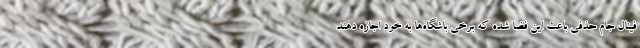
فینال جام حذفی باعث این فضا شده که برخی باشگاه‌ها به خود اجازه دهند